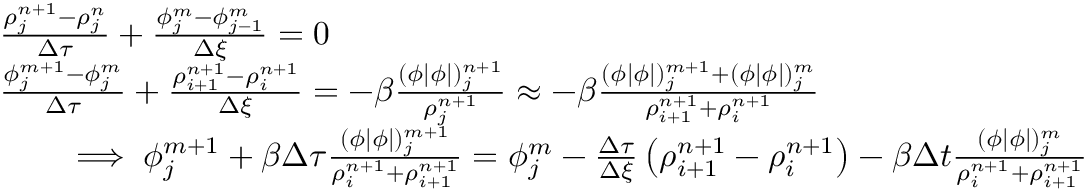
\begin{array} { r l } & { \frac { \rho _ { j } ^ { n + 1 } - \rho _ { j } ^ { n } } { \Delta \tau } + \frac { \phi _ { j } ^ { m } - \phi _ { j - 1 } ^ { m } } { \Delta \xi } = 0 } \\ & { \frac { \phi _ { j } ^ { m + 1 } - \phi _ { j } ^ { m } } { \Delta \tau } + \frac { \rho _ { i + 1 } ^ { n + 1 } - \rho _ { i } ^ { n + 1 } } { \Delta \xi } = - \beta \frac { ( \phi | \phi | ) _ { j } ^ { n + 1 } } { \rho _ { j } ^ { n + 1 } } \approx - \beta \frac { ( \phi | \phi | ) _ { j } ^ { m + 1 } + ( \phi | \phi | ) _ { j } ^ { m } } { \rho _ { i + 1 } ^ { n + 1 } + \rho _ { i } ^ { n + 1 } } } \\ & { \qquad \implies \phi _ { j } ^ { m + 1 } + \beta \Delta \tau \frac { ( \phi | \phi | ) _ { j } ^ { m + 1 } } { \rho _ { i } ^ { n + 1 } + \rho _ { i + 1 } ^ { n + 1 } } = \phi _ { j } ^ { m } - \frac { \Delta \tau } { \Delta \xi } \left( \rho _ { i + 1 } ^ { n + 1 } - \rho _ { i } ^ { n + 1 } \right) - \beta \Delta t \frac { ( \phi | \phi | ) _ { j } ^ { m } } { \rho _ { i } ^ { n + 1 } + \rho _ { i + 1 } ^ { n + 1 } } } \end{array}